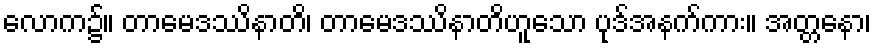
လောက၌။ တာမေဒဿိနာတိ၊ တာမေဒဿိနာတိဟူသော ပုဒ်အနက်ကား။ အတ္တနော၊